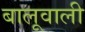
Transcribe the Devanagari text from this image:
बालूवाली